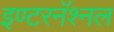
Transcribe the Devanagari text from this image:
इण्टरनॅश्नल